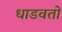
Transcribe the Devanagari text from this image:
धाडवतो